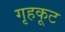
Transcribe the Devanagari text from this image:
गृहकूट